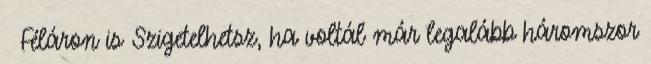
← Féláron is Szigetelhetsz, ha voltál már legalább háromszor